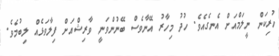
ހުރިކަން ނީލަމްއަށް އެނގެއެވެ. ހުދު މިހާރު އޭނާވެސް ބޭނުންވަނީ ވާރިޝްއަށް ފިލާވަޅެއް ލިބުމެވެ.